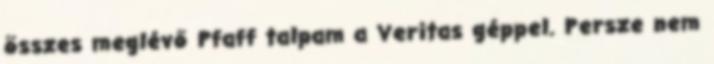
összes meglévő Pfaff talpam a Veritas géppel. Persze nem